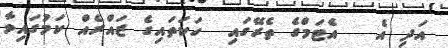
އަދި އެ   އެޓަމްގެ ތެރޭގައި  ހަކަތައިގެ ޒައްރެއް ކަމުގައިވާ